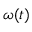
\omega ( t )